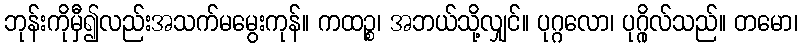
ဘုန်းကိုမှီ၍လည်းအသက်မမွေးကုန်။ ကထဉ္စ၊ အဘယ်သို့လျှင်။ ပုဂ္ဂလော၊ ပုဂ္ဂိုလ်သည်။ တမော၊